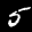
Label: 5